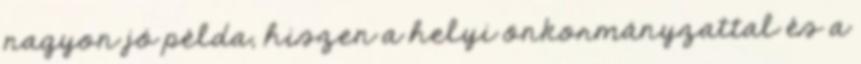
nagyon jó példa, hiszen a helyi önkormányzattal és a